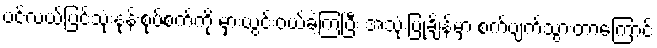
ပင်လယ်ပြင်သုံးနုန်းစုပ်စက်ကို မှားယွင်းဝယ်ခဲ့ကြပြီး အသုံးပြုချိန်မှာ စက်ပျက်သွားတာကြောင့်